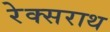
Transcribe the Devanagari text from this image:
रेक्सराथ